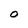
Character: O